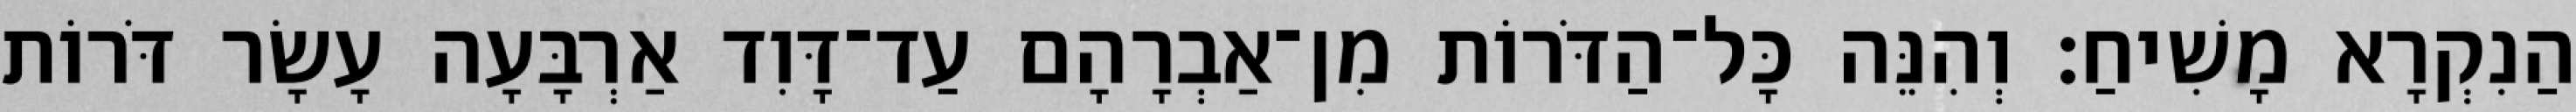
הַנִקְרָא מָשִׁיחַ׃ וְהִנֵּה כָּל־הַדֹּרוֹת מִן־אַבְרָהָם עַד־דָּוִד אַרְבָּעָה עָשָׂר דֹּרוֹת